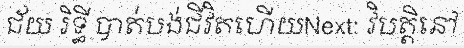
ជ័យ រិទ្ធី បាត់បង់ជីវិតហើយNext: វិបត្តិនៅ